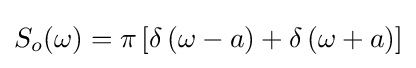
S_{o}(\omega )=\pi \left[\delta \left(\omega -a\right)+\delta \left(\omega +a\right)\right]